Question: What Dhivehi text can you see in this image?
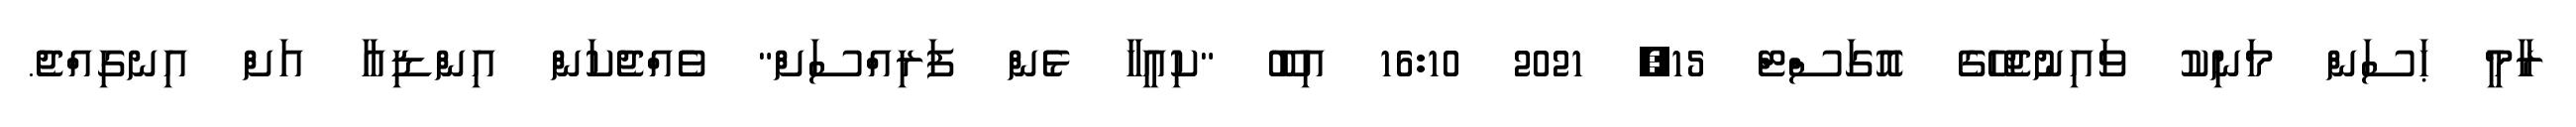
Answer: ރާމީ ޙަސަން މަނިކު ވައިނުޖެހޭގެ އޮގަސްޓް 15, 2021 16:10 އިބޫ "ކިއީހާ ޅެން ފަރިއްސަށް" ވެއްޖެކަން އިންޑިއާ އަށް އިނގިއްޖެ.